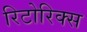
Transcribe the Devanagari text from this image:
रिटोरिक्स